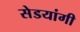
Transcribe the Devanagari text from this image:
सेडयांगी